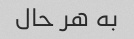
به هر حال